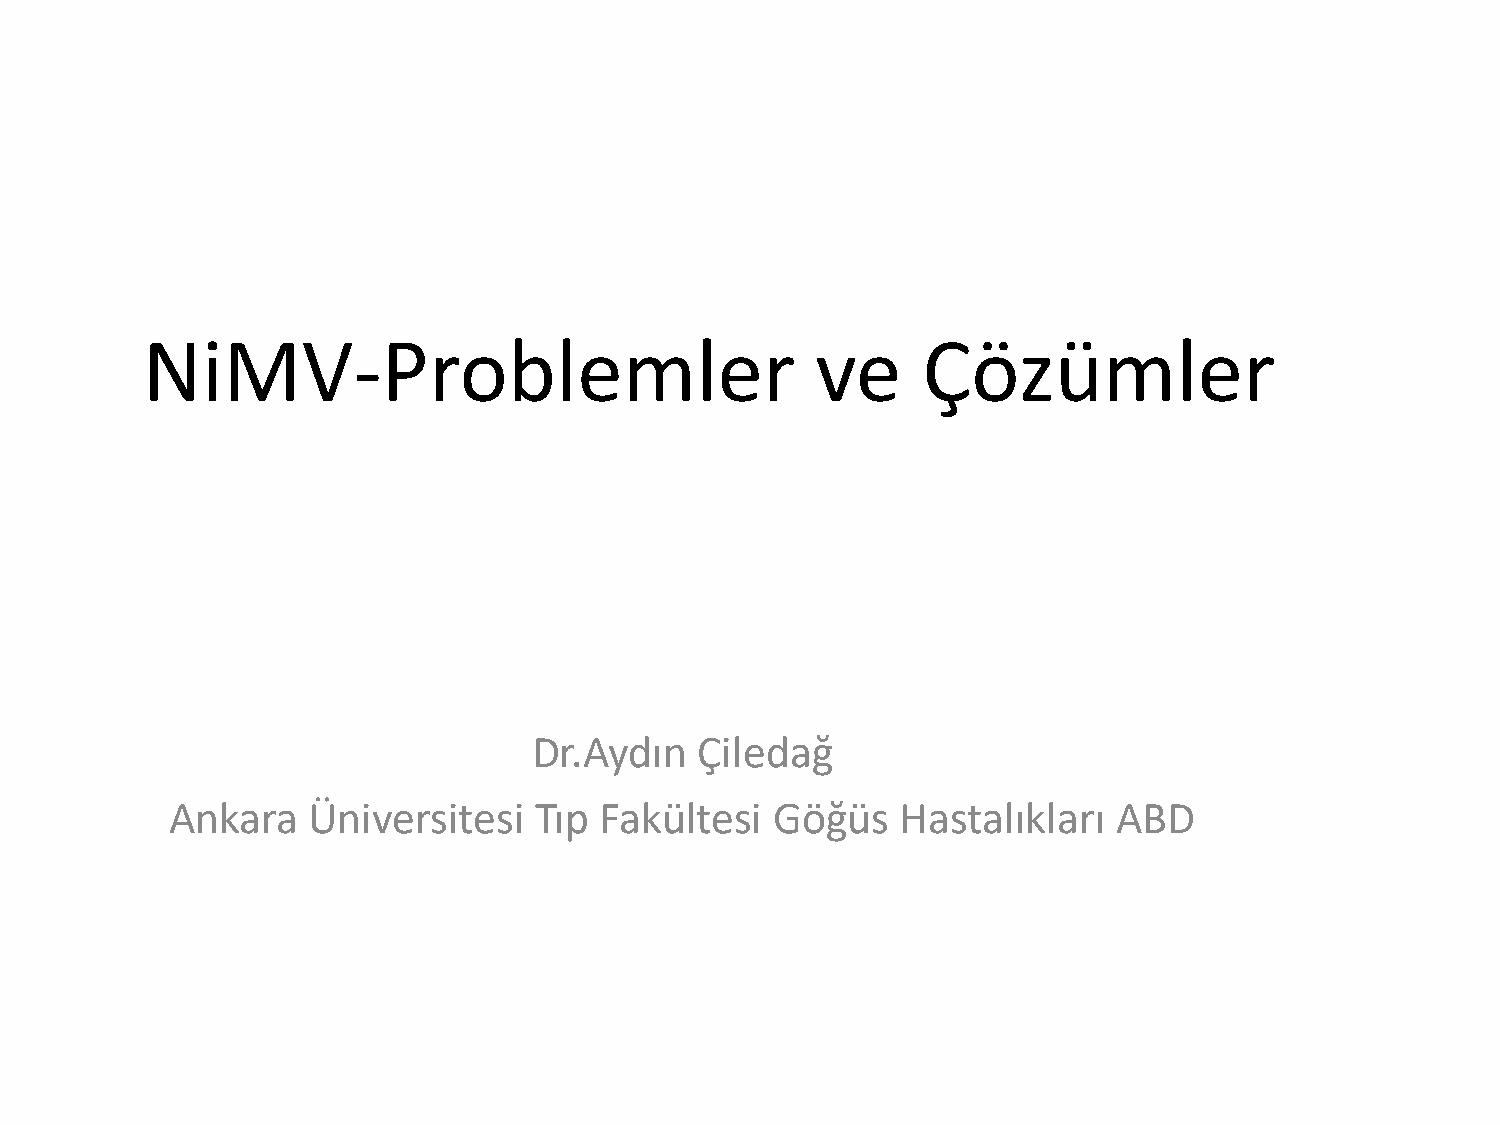
NiMV-Problemler                              ve     Çözümler
 Dr.Aydın   Çiledağ
 Ankara   Üniversitesi   Tıp  Fakültesi  Göğüs    Hastalıkları  ABD